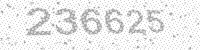
Solution: 236625